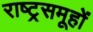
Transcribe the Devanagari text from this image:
राष्ट्रसमूहों